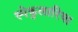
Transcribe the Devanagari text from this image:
स्पेकुलारिया